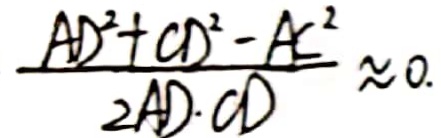
\frac { A D ^ { 2 } + C D ^ { 2 } - A C ^ { 2 } } { 2 A D \cdot C D } \approx 0 .